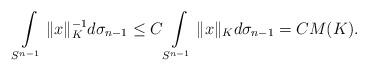
LaTeX: \begin{align*} \int\limits_{S^{n-1}} {\| x \|^{-1}_K} d\sigma_{n-1} \leq C \int\limits_{S^{n-1}} {\| x \|_K} d\sigma_{n-1} = C M(K). \end{align*}